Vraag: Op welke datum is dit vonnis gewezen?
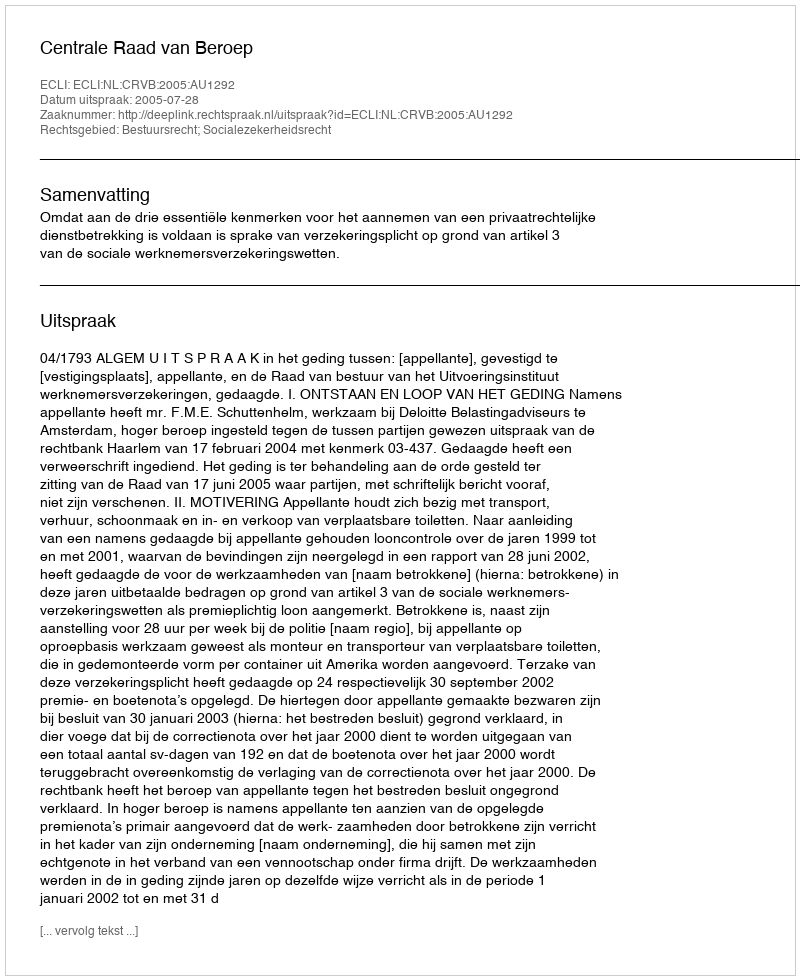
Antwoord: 2005-07-28